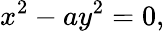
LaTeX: x^{2}-ay^{2}=0,